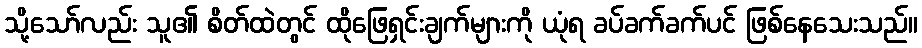
သို့သော်လည်း သူ၏ စိတ်ထဲတွင် ထိုဖြေရှင်းချက်များကို ယုံရ ခပ်ခက်ခက်ပင် ဖြစ်နေသေးသည်။